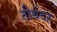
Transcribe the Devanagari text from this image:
तीर्थदह